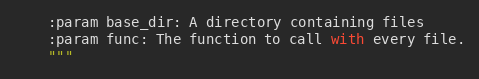
Language: Python
    :param base_dir: A directory containing files
    :param func: The function to call with every file.
    """